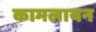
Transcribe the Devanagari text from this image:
कामलायन